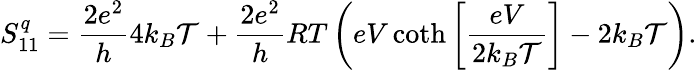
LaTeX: S_{11}^{q}=\frac{2e^{2}}{h}4k_{B}\mathcal{T}+\frac{2e^{2}}{h}RT\left(eV\coth\left[\frac{eV}{2k_{B}\mathcal{T}}\right]-2k_{B}\mathcal{T}\right).